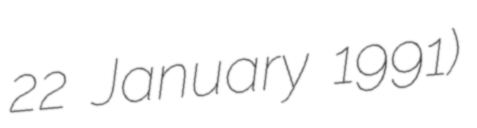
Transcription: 22 January 1991)